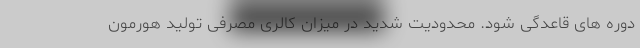
دوره های قاعدگی شود. محدودیت شدید در میزان کالری مصرفی تولید هورمون